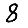
Digit: 8